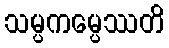
သမ္ပကမ္ပေဿတိ